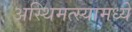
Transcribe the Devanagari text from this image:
अस्थिमत्स्यामध्ये